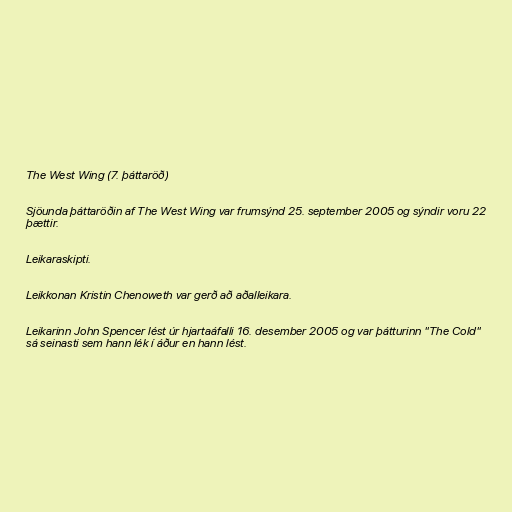
The West Wing (7. þáttaröð)

Sjöunda þáttaröðin af The West Wing var frumsýnd 25. september 2005 og sýndir voru 22
þættir.

Leikaraskipti.

Leikkonan Kristin Chenoweth var gerð að aðalleikara.

Leikarinn John Spencer lést úr hjartaáfalli 16. desember 2005 og var þátturinn "The Cold"
sá seinasti sem hann lék í áður en hann lést.